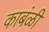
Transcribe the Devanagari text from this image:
काबंळी